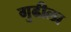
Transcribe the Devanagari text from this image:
गुढीला